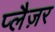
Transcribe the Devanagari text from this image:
प्लैज़र